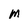
Character: M